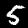
Label: 5